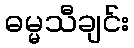
ဓမ္မသီချင်း